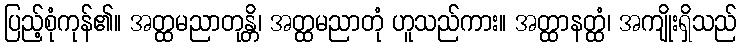
ပြည့်စုံကုန်၏။ အတ္ထမညာတုန္တိ၊ အတ္ထမညာတုံ ဟူသည်ကား။ အတ္ထာနတ္ထံ၊ အကျိုးရှိသည်